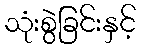
သုံးစွဲခြင်းနှင့်